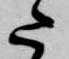
た